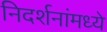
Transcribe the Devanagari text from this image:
निदर्शनांमध्ये